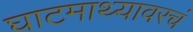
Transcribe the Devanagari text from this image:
घाटमाथ्यावरचं